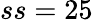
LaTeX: ss=25